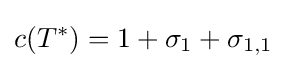
c(T^{*})=1+\sigma _{1}+\sigma _{1,1}